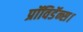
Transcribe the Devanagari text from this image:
प्रॉविडॅन्स।